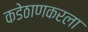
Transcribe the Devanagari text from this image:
कडेठाणकरला